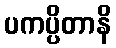
ပကပ္ပိတာနိ